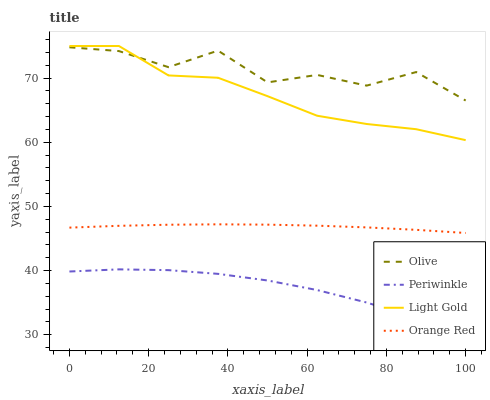
| xaxis_label | Olive | Periwinkle | Light Gold | Orange Red |
 | --- | --- | --- | --- | --- |
 | 0 | 74.8 | 39.9 | 75 | 46.7 |
 | 12.5 | 74.2 | 40.2 | 75 | 47 |
 | 25 | 71.7 | 40.1 | 70.4 | 47.2 |
 | 37.5 | 74.3 | 39.5 | 70.1 | 47.2 |
 | 50 | 69.3 | 38.5 | 67.2 | 47.2 |
 | 62.5 | 70.5 | 37 | 64.1 | 47 |
 | 75 | 68.8 | 35 | 62.8 | 46.7 |
 | 87.5 | 70.9 | 32.6 | 62 | 46.4 |
 | 100 | 66.5 | 29.8 | 60.3 | 45.9 |